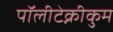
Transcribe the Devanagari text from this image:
पॉलीटेक्नीकुम